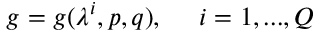
g = g ( \lambda ^ { i } , p , q ) , \ \ \ \ i = 1 , . . . , Q